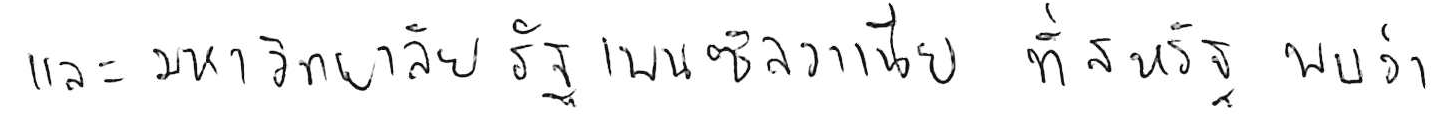
และมหาวิทยาลัยรัฐเพนซิลวาเนีย ที่สหรัฐ พบว่า